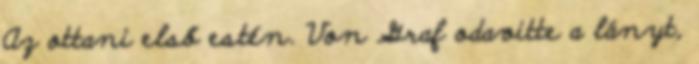
Az ottani első estén. Von Graf odavitte a lányt,